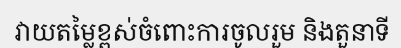
វាយតម្លៃខ្ពស់ចំពោះការចូលរួម និងតួនាទី